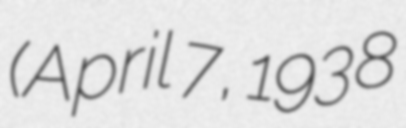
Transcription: (April 7, 1938